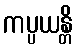
ကပ္ပယန္တိ